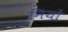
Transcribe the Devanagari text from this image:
नियों